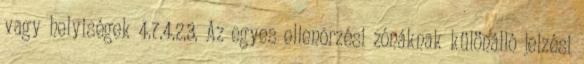
vagy helyiségek 4.7.4.2.3. Az egyes ellenõrzési zónáknak különálló jelzési